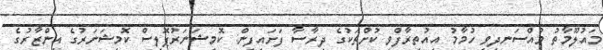
މައުލޫމާތު މުއްސަނދިވި ހުމާމު އިއުތިރާފްވި ކުށްތަކުގެ ދިރާސާ ފަށައިފިން: ކޮމިޝަނަރުޕޮލިސް ކޮމިޝަނަރުގެ އިންޒާރުގެ